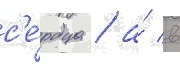
с'е́рдца / а́ в